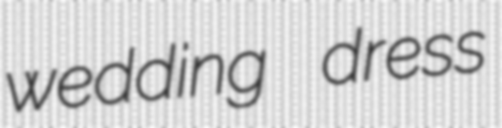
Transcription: wedding dress